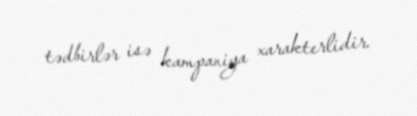
tədbirlər isə kampaniya xarakterlidir.